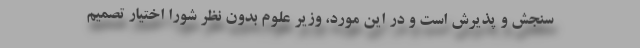
سنجش و پذیرش است و در این مورد، وزیر علوم بدون نظر شورا اختیار تصمیم